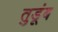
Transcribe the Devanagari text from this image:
तुडूंब